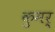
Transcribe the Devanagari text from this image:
कुमर्